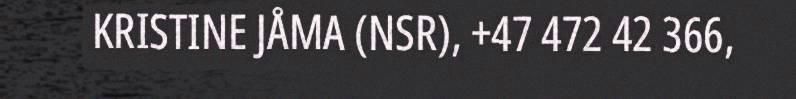
KRISTINE JÅMA (NSR), +47 472 42 366,